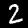
Label: 2